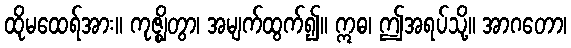
ထိုမထေရ်အား။ ကုဇ္ဈိတွာ၊ အမျက်ထွက်၍။ ဣဓ၊ ဤအရပ်သို့။ အာဂတော၊